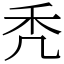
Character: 秃